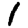
Digit: 1